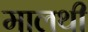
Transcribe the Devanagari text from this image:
मालथी